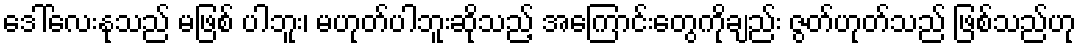
ဒေါ်လေးနုသည် မဖြစ် ပါဘူး၊ မဟုတ်ပါဘူးဆိုသည့် အကြောင်းတွေကိုချည်း ဇွတ်ဟုတ်သည် ဖြစ်သည်ဟု